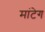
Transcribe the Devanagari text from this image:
मांटेग